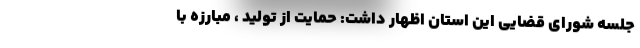
جلسه شورای قضایی این استان اظهار داشت: حمایت از تولید ، مبارزه با